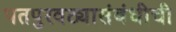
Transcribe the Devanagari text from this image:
पतपुरवठ्यासंबंधीची